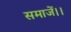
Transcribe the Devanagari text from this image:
समाजें।।